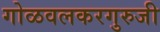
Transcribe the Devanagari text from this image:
गोळवलकरगुरुजी